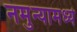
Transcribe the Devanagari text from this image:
नमुन्यामध्ये